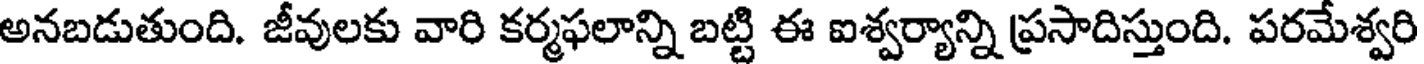
అనబడుతుంది. జీవులకు వారి కర్మఫలాన్ని బట్టి ఈ ఐశ్వర్యాన్ని ప్రసాదిస్తుంది. పరమేశ్వరి